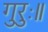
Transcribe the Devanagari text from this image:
गुरुः॥